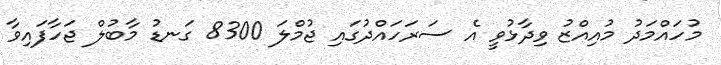
މުހައްމަދު މުއިއްޒު ވިދާޅުވީ އެ ސަރަހައްދުގައި ޖުމްލަ 8300 ގަނޑު މާބުލް ޖަހާފައިވާ